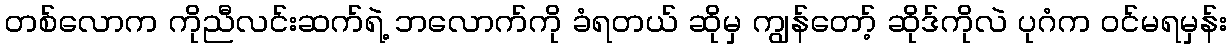
တစ်လောက ကိုညီလင်းဆက်ရဲ့ ဘလောက်ကို ခံရတယ် ဆိုမှ ကျွန်တော့် ဆိုဒ်ကိုလဲ ပုဂံက ဝင်မရမှန်း